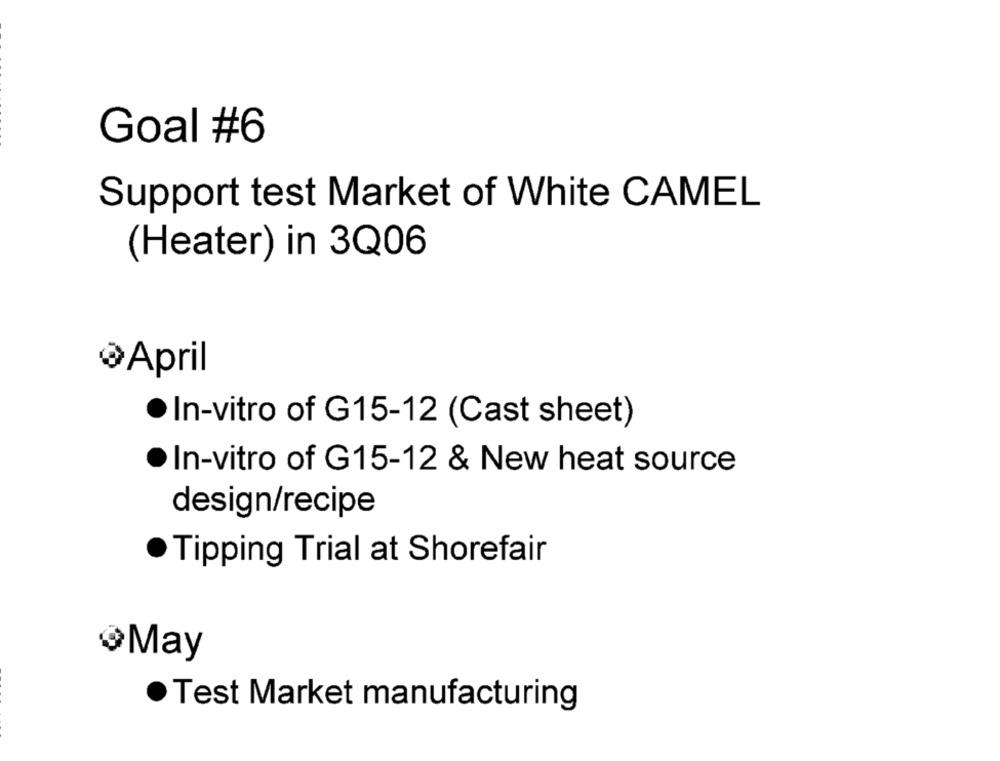
Goal #6
Support test Market of White CAMEL
(Heater) in 3Q06
@April
· In-vitro of G15-12 (Cast sheet)
· In-vitro of G15-12 & New heat source
design/recipe
Tipping Trial at Shorefair
֏May
· Test Market manufacturing